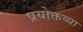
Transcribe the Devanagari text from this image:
प्रयोक्तव्या